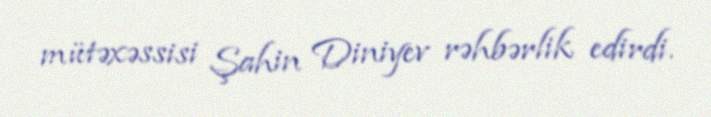
mütəxəssisi Şahin Diniyev rəhbərlik edirdi.